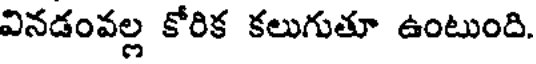
వినడంవల్ల కోరిక కలుగుతూ ఉంటుంది.